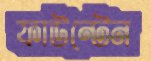
ফাউন্টেন